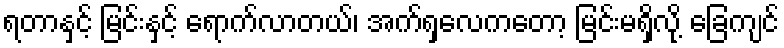
ရတာနှင့် မြင်းနှင့် ရောက်လာတယ်၊ အက်ရှလေကတော့ မြင်းမရှိလို့ ခြေကျင်